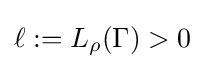
\ell :=L_{\rho }(\Gamma )>0